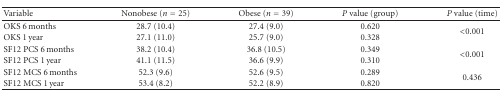
<table><thead><tr><td><b>Variable</b></td><td><b>Nonobese (<i>n</i> = 25)</b></td><td><b>Obese (<i>n</i> = 39)</b></td><td><b><i>P</i> value (group)</b></td><td><b><i>P</i> value (time)</b></td></tr></thead><tbody><tr><td>OKS 6 months</td><td>28.7 (10.4)</td><td>27.4 (9.0)</td><td>0.620</td><td rowspan="2">&lt;0.001</td></tr><tr><td>OKS 1 year</td><td>27.1 (11.0)</td><td>25.7 (9.0)</td><td>0.328</td></tr><tr><td>SF12 PCS 6 months</td><td>38.2 (10.4)</td><td>36.8 (10.5)</td><td>0.349</td><td rowspan="2">&lt;0.001</td></tr><tr><td>SF12 PCS 1 year</td><td>41.1 (11.5)</td><td>36.6 (9.9)</td><td>0.310</td></tr><tr><td>SF12 MCS 6 months</td><td>52.3 (9.6)</td><td>52.6 (9.5)</td><td>0.289</td><td rowspan="2">0.436</td></tr><tr><td>SF12 MCS 1 year</td><td>53.4 (8.2)</td><td>52.2 (8.9)</td><td>0.820</td></tr></tbody></table>